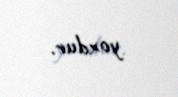
yoxdur.